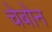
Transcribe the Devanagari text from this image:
चेबोन